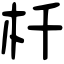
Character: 杄